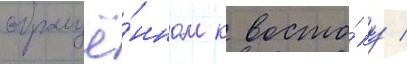
обращё́нном к восто́ку /